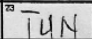
Transcription: TUN